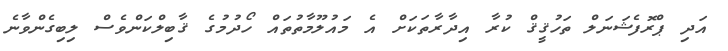
އަދި ޕްރޮފެޝަނަލް ތަހުޤީޤް ކުރާ އިދާރާތަކަށް އެ މައުލޫމާތުތައް ހޯދުމުގެ ޤާބިލްކަންވެސް ލިބިގެންވާނެ